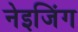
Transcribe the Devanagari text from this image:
नेइजिंग